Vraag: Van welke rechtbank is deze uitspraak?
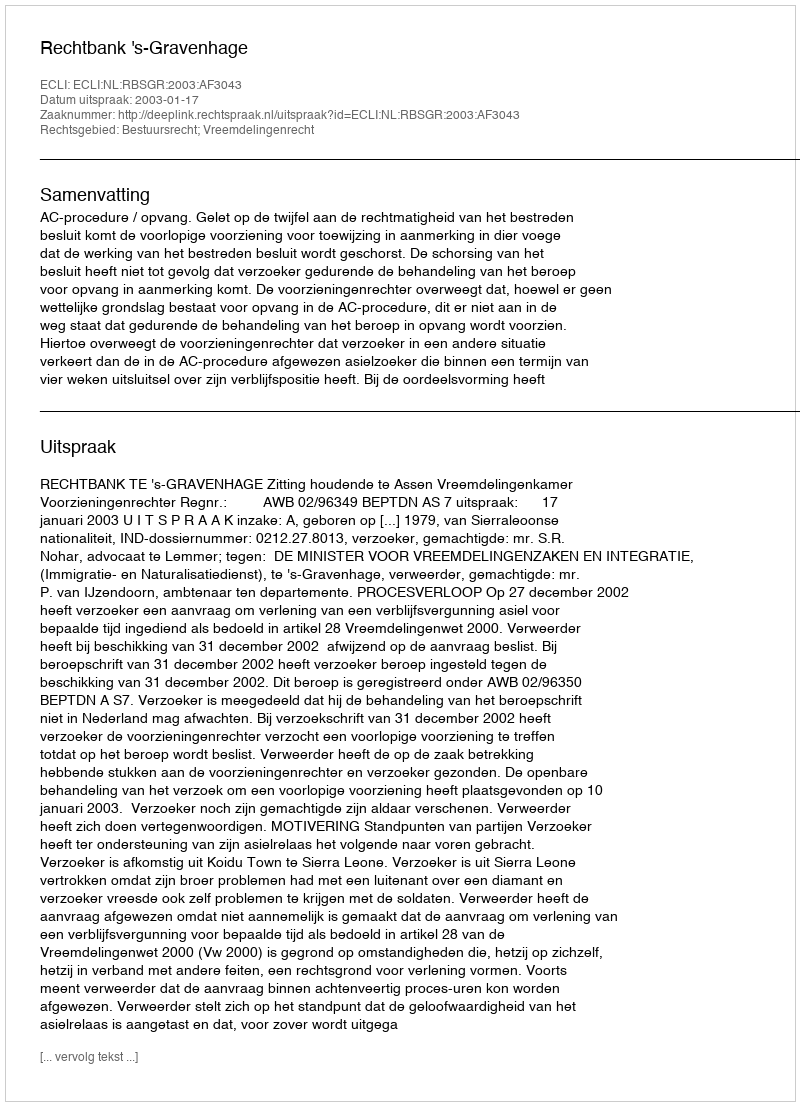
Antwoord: Rechtbank 's-Gravenhage